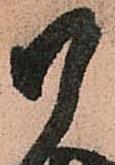
御